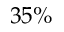
3 5 \%